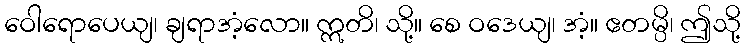
ဝေါရောပေယျ၊ ချရာအံ့လော။ ဣတိ၊ သို့။ စေ ဝဒေယျ၊ အံ့။ ဧတမ္ပိ၊ ဤသို့